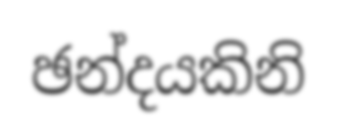
ඡන්දයකිනි